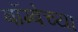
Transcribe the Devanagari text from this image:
बॉम्बेच्या